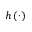
h \left( \cdot \right)